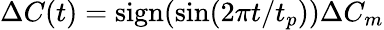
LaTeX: \Delta C(t)=\mathrm{sign}(\sin(2\pi t/t_{p}))\Delta C_{m}